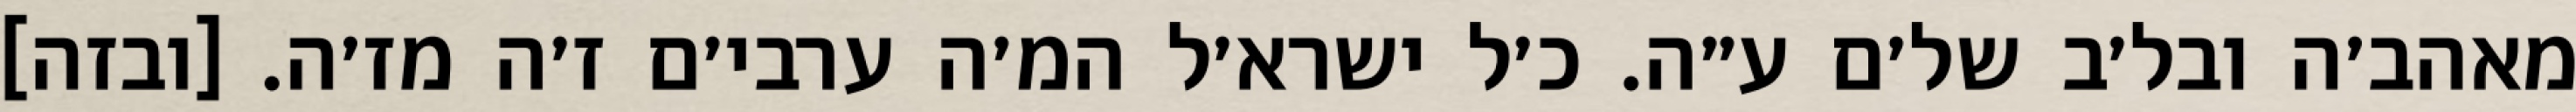
מאהב׳ה ובל׳ב של׳ם ע״ה. כ׳ל ישרא׳ל המ׳ה ערבי׳ם ז׳ה מז׳ה. [ובזה]